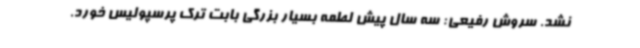
نشد. سروش رفیعی: سه سال پیش لطمه بسیار بزرگی بابت ترک پرسپولیس خورد.